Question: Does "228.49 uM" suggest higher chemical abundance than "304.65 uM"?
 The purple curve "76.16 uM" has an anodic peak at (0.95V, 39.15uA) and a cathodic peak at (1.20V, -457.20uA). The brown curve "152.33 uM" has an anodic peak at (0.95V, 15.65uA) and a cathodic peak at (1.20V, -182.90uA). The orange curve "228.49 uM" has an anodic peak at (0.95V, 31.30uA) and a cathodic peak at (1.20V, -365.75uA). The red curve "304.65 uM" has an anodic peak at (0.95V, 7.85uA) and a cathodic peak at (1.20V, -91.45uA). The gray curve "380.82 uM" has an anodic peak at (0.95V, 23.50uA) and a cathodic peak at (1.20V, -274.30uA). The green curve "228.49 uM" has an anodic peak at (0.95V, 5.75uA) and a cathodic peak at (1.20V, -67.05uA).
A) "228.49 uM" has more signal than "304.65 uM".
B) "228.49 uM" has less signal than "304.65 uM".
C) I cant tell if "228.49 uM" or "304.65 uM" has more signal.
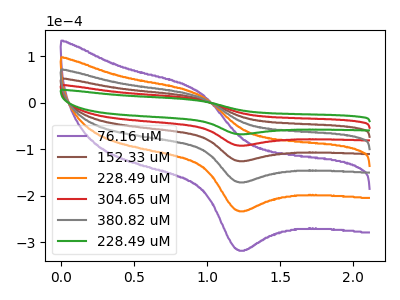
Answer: <think>All the peaks in "228.49 uM" have a peak in "304.65 uM" at the same potential. Every peak in "228.49 uM" is lower than every peak in "304.65 uM".
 </think>
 <answer>B) "228.49 uM" has less signal than "304.65 uM".</answer>
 <eval>B</eval>